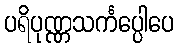
ပရိပုဏ္ဏသင်္ကပ္ပေါပေ